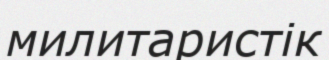
милитаристік